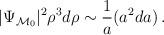
LaTeX: \begin{align*}|\Psi_{{\cal M}_0}|^2 \rho^3 d\rho \sim {1\over a} (a^2 da) \, .\end{align*}